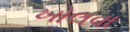
ખોલવા